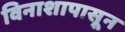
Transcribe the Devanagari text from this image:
विनाशापासून